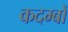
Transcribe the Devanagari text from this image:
कदम्बों